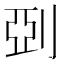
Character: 𠜲